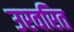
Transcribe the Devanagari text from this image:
उरवरित